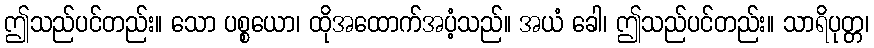
ဤသည်ပင်တည်း။ သော ပစ္စယော၊ ထိုအထောက်အပံ့သည်။ အယံ ခေါ၊ ဤသည်ပင်တည်း။ သာရိပုတ္တ၊